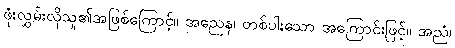
ဖုံးလွှမ်းလိုသူ၏အဖြစ်ကြောင့်။ အညေန၊ တစ်ပါးသော အကြောင်းဖြင့်။ အညံ၊